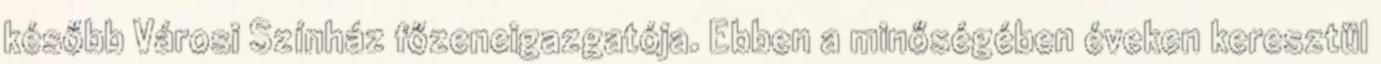
később Városi Színház főzeneigazgatója. Ebben a minőségében éveken keresztül